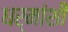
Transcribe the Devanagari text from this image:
धर्मांशी